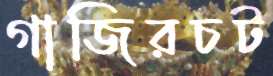
গাজিরচট